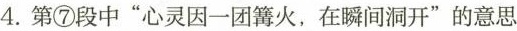
4.第⑦段中”心灵因一团篝火，在瞬间洞开”的意思